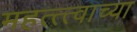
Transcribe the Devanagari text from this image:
महत्त्त्वाच्या